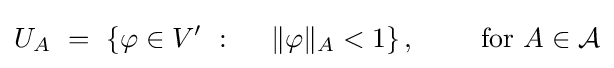
U_{A}~=~\left\{\varphi \in V'~:~\quad \|\varphi \|_{A}<1\right\},\qquad {\text{ for }}A\in {\mathcal {A}}